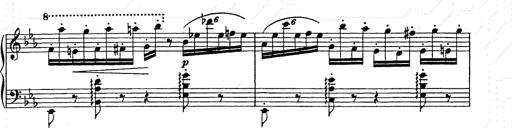
Title: Hungarian Rhapsody No.9
Composer: Franz Liszt
Key: E-flat major